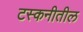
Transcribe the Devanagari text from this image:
टस्कनीतील